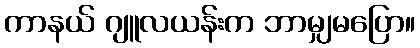
ကာနယ် ဂျူလယန်းက ဘာမျှမပြော။